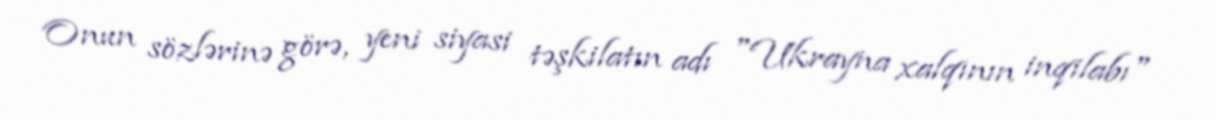
Onun sözlərinə görə, yeni siyasi təşkilatın adı "Ukrayna xalqının inqilabı"